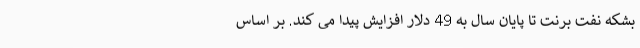
بشکه نفت برنت تا پایان سال به 49 دلار افزایش پیدا می کند. بر اساس